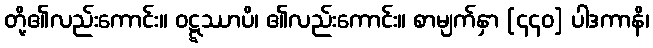
တို့၏လည်းကောင်း။ ဝဋ္ဋဿာပိ၊ ၏လည်းကောင်း။ စာမျက်နှာ [၄၄၀] ပါဒကာနိ၊